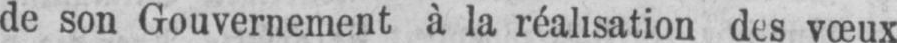
de son Gouvernement à la réalisation des vœux